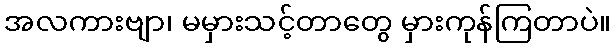
အလကားဗျာ၊ မမှားသင့်တာတွေ မှားကုန်ကြတာပဲ။